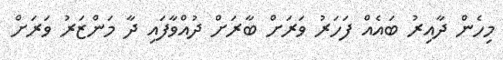
މިހެން ދާއިރު ބައެއް ފަހަރު ވަރަށް ބާރަށް ދުއްވާފައި ދާ މަންޒަރު ވަރަށް